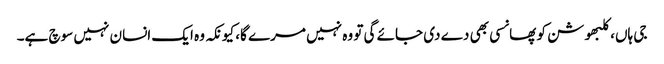
جی ہاں، کلبھوشن کو پھانسی بھی دے دی جائے گی تو وہ نہیں مرے گا، کیونکہ وہ ایک انسان نہیں سوچ ہے۔